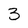
Character: 3